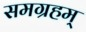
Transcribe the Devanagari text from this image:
समग्रहम्